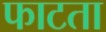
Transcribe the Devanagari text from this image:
फाटता